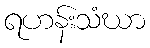
ရဟန်းသံဃာ